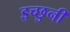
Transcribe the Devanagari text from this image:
इच्छुनी